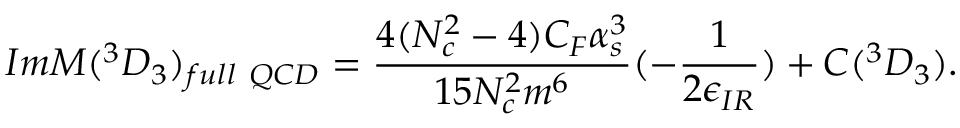
I m { \cal M } ( ^ { 3 } D _ { 3 } ) _ { f u l l ~ Q C D } = \frac { 4 ( N _ { c } ^ { 2 } - 4 ) C _ { F } \alpha _ { s } ^ { 3 } } { 1 5 N _ { c } ^ { 2 } m ^ { 6 } } ( - \frac { 1 } { 2 \epsilon _ { I R } } ) + C ( ^ { 3 } D _ { 3 } ) .